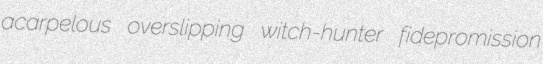
acarpelous overslipping witch-hunter fidepromission